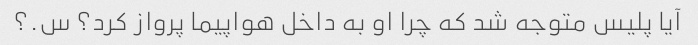
آیا پلیس متوجه شد که چرا او به داخل هواپیما پرواز کرد؟ س.؟